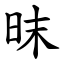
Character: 昩